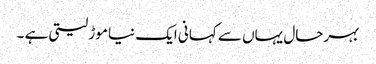
بہرحال یہاں سے کہانی ایک نیا موڑ لیتی ہے ۔